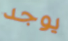
يوجد